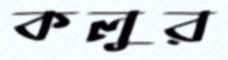
কলুর